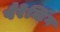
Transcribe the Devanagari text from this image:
पैरेन्टिंग